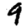
Digit: 9